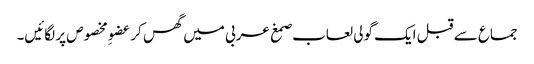
جماع سے قبل ایک گولی لعاب صمغ عربی میں گھس کر عضوِ مخصوص پر لگائیں۔